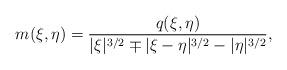
LaTeX: \begin{align*}m (\xi,\eta) = \frac{q (\xi,\eta)}{|\xi|^{3/2} \mp |\xi-\eta|^{3/2} - |\eta|^{3/2}} ,\end{align*}